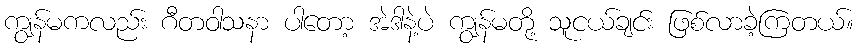
ကျွန်မကလည်း ဂီတဝါသနာ ပါတော့ အဲဒါနဲ့ပဲ ကျွန်မတို့ သူငယ်ချင်း ဖြစ်လာခဲ့ကြတယ်။